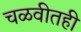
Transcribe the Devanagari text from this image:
चळवीतही